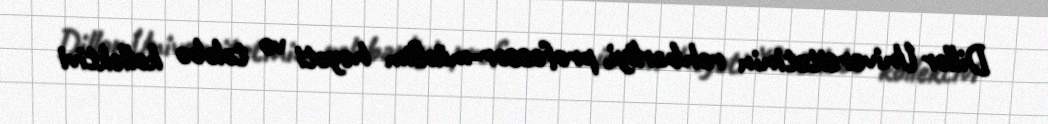
Dillər Universitetinin rəhbərliyi, professor-müəllim heyəti və tələbə kollektivi